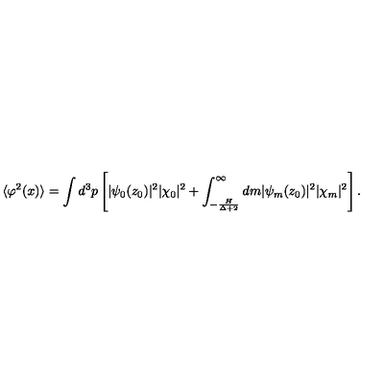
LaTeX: \langle \varphi ^ { 2 } ( x ) \rangle = \int d ^ { 3 } p \left[ | \psi _ { 0 } ( z _ { 0 } ) | ^ { 2 } | \chi _ { 0 } | ^ { 2 } + \int _ { - \frac { H } { \Delta + 2 } } ^ { \infty } d m | \psi _ { m } ( z _ { 0 } ) | ^ { 2 } | \chi _ { m } | ^ { 2 } \right] .